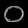
Digit: ၀